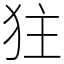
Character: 㹥